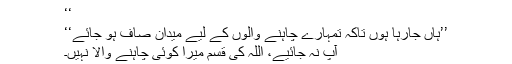
‘‘
’’ہاں جارہا ہوں تاکہ تمہارے چاہنے والوں کے لیے میدان صاف ہو جائے‘‘
آپ نہ جائیے، اللہ کی قسم میرا کوئی چاہنے والا نہیں۔